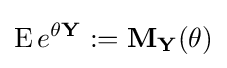
\operatorname {E} e^{\theta \mathbf {Y} }:=\mathbf {M} _{\mathbf {Y} }(\theta )